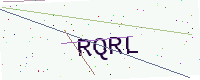
Text: RQRL